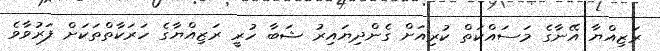
ރަޒިއްޔާ އޭނާގެ މަސައްކަތް ކުރިއަށް ގެންދިޔައިރު ޝަބާ ހުރީ ރަޒިއްޔާގެ ހަރަކާތްތަކަށް ފަރުވާވެ